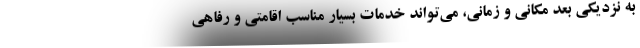
به نزدیکی بعد مکانی و زمانی، می‌تواند خدمات بسیار مناسب اقامتی و رفاهی